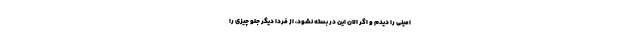
امینی را دیدم و اگر الان این در بسته نشود، از فردا دیگر جلو چیزی را